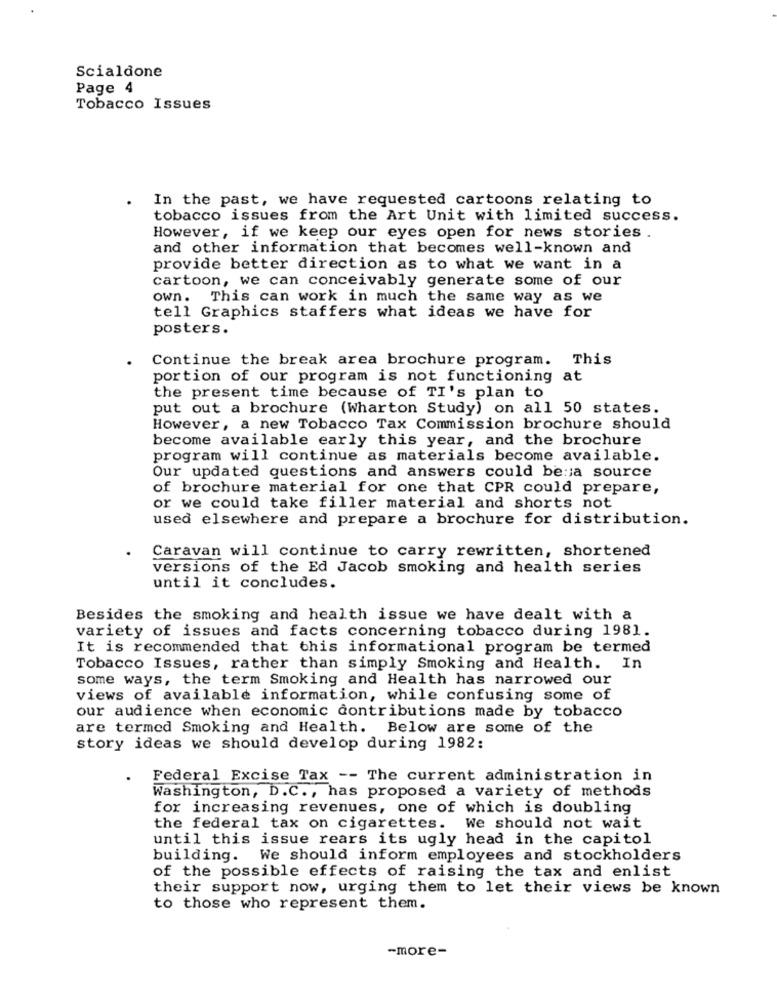
Scialdone
Page 4
Tobacco Issues
In the past, we have requested cartoons relating to
tobacco issues from the Art Unit with limited success.
However, if we keep our eyes open for news stories .
and other information that becomes well-known and
provide better direction as to what we want in a
cartoon, we can conceivably generate some of our
own. This can work in much the same way as we
tell Graphics staffers what ideas we have for
posters.
Continue the break area brochure program.
This
portion of our program is not functioning at
the present time because of TI's plan to
put out a brochure (Wharton Study) on all 50 states.
However, a new Tobacco Tax Commission brochure should
become available early this year, and the brochure
program will continue as materials become available.
Our updated questions and answers could be:a source
of brochure material for one that CPR could prepare,
or we could take filler material and shorts not
used elsewhere and prepare a brochure for distribution.
Caravan will continue to carry rewritten, shortened
versions of the Ed Jacob smoking and health series
until it concludes.
Besides the smoking and health issue we have dealt with a
variety of issues and facts concerning tobacco during 1981.
It is recommended that this informational program be termed
Tobacco Issues, rather than simply Smoking and Health. In
some ways, the term Smoking and Health has narrowed our
views of available information, while confusing some of
our audience when economic contributions made by tobacco
are termed Smoking and Health. Below are some of the
story ideas we should develop during 1982:
Federal Excise Tax -- The current administration in
Washington, D.C ., has proposed a variety of methods
for increasing revenues, one of which is doubling
the federal tax on cigarettes. We should not wait
until this issue rears its ugly head in the capitol
building. We should inform employees and stockholders
of the possible effects of raising the tax and enlist
their support now, urging them to let their views be known
to those who represent them.
-more-